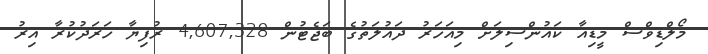
މޯލްޑިވްސް މީޑިއާ ކައުންސިލަށް މިއަހަރު ދައުލަތުގެ ބަޖެޓުން 4